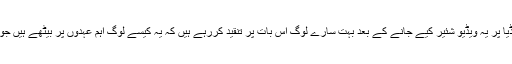
نجی ٹی وی کے رپورٹر کی جانب سے سوشل میڈیا پر یہ ویڈیو شئیر کیے جانے کے بعد بہت سارے لوگ اس بات پر تنقید کررہے ہیں کہ یہ کیسے لوگ اہم عہدوں پر بیٹھے ہیں جو خوش آمد کی غرض سے سچ بھی چھپا لیتے ہیں۔